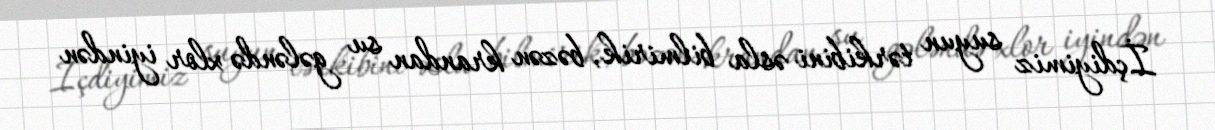
İçdiyimiz suyun tərkibini əsla bilmirik, bəzən krandan su gələndə xlor iyindən